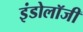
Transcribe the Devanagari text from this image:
इंडोलॉजी